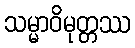
သမ္မာဝိမုတ္တဿ